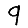
Digit: 9